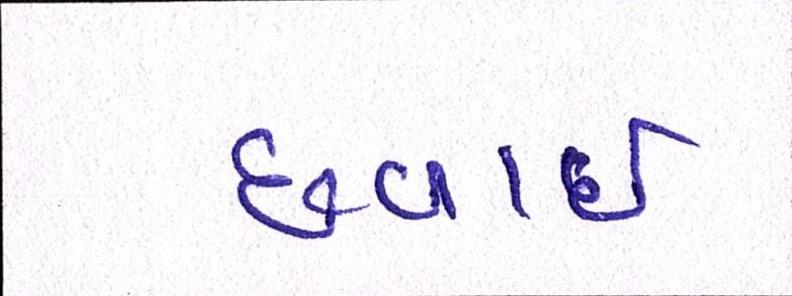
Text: છવાઇ